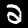
Digit: 2